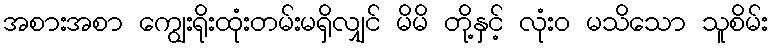
အစားအစာ ကျွေးရိုးထုံးတမ်းမရှိလျှင် မိမိ တို့နှင့် လုံးဝ မသိသော သူစိမ်း